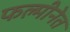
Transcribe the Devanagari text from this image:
फल्मीनेत